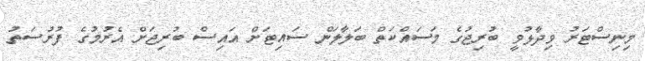
މިނިސްޓަރު ވިދާޅުވީ ބުރިޖުގެ މަސައްކަތް ބަލާލަން ސައިޓަށް އައިސް ބުރިޖަށް އެރުމުގެ ފުރުސަތު